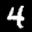
Label: 4